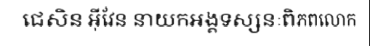
ជេសិន អ៊ីវែន នាយកអង្គទស្សនៈពិភពលោក